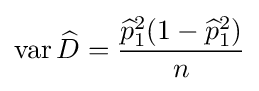
\operatorname {var} {\widehat {D}}={\frac {{\widehat {p}}_{1}^{2}(1-{\widehat {p}}_{1}^{2})}{n}}